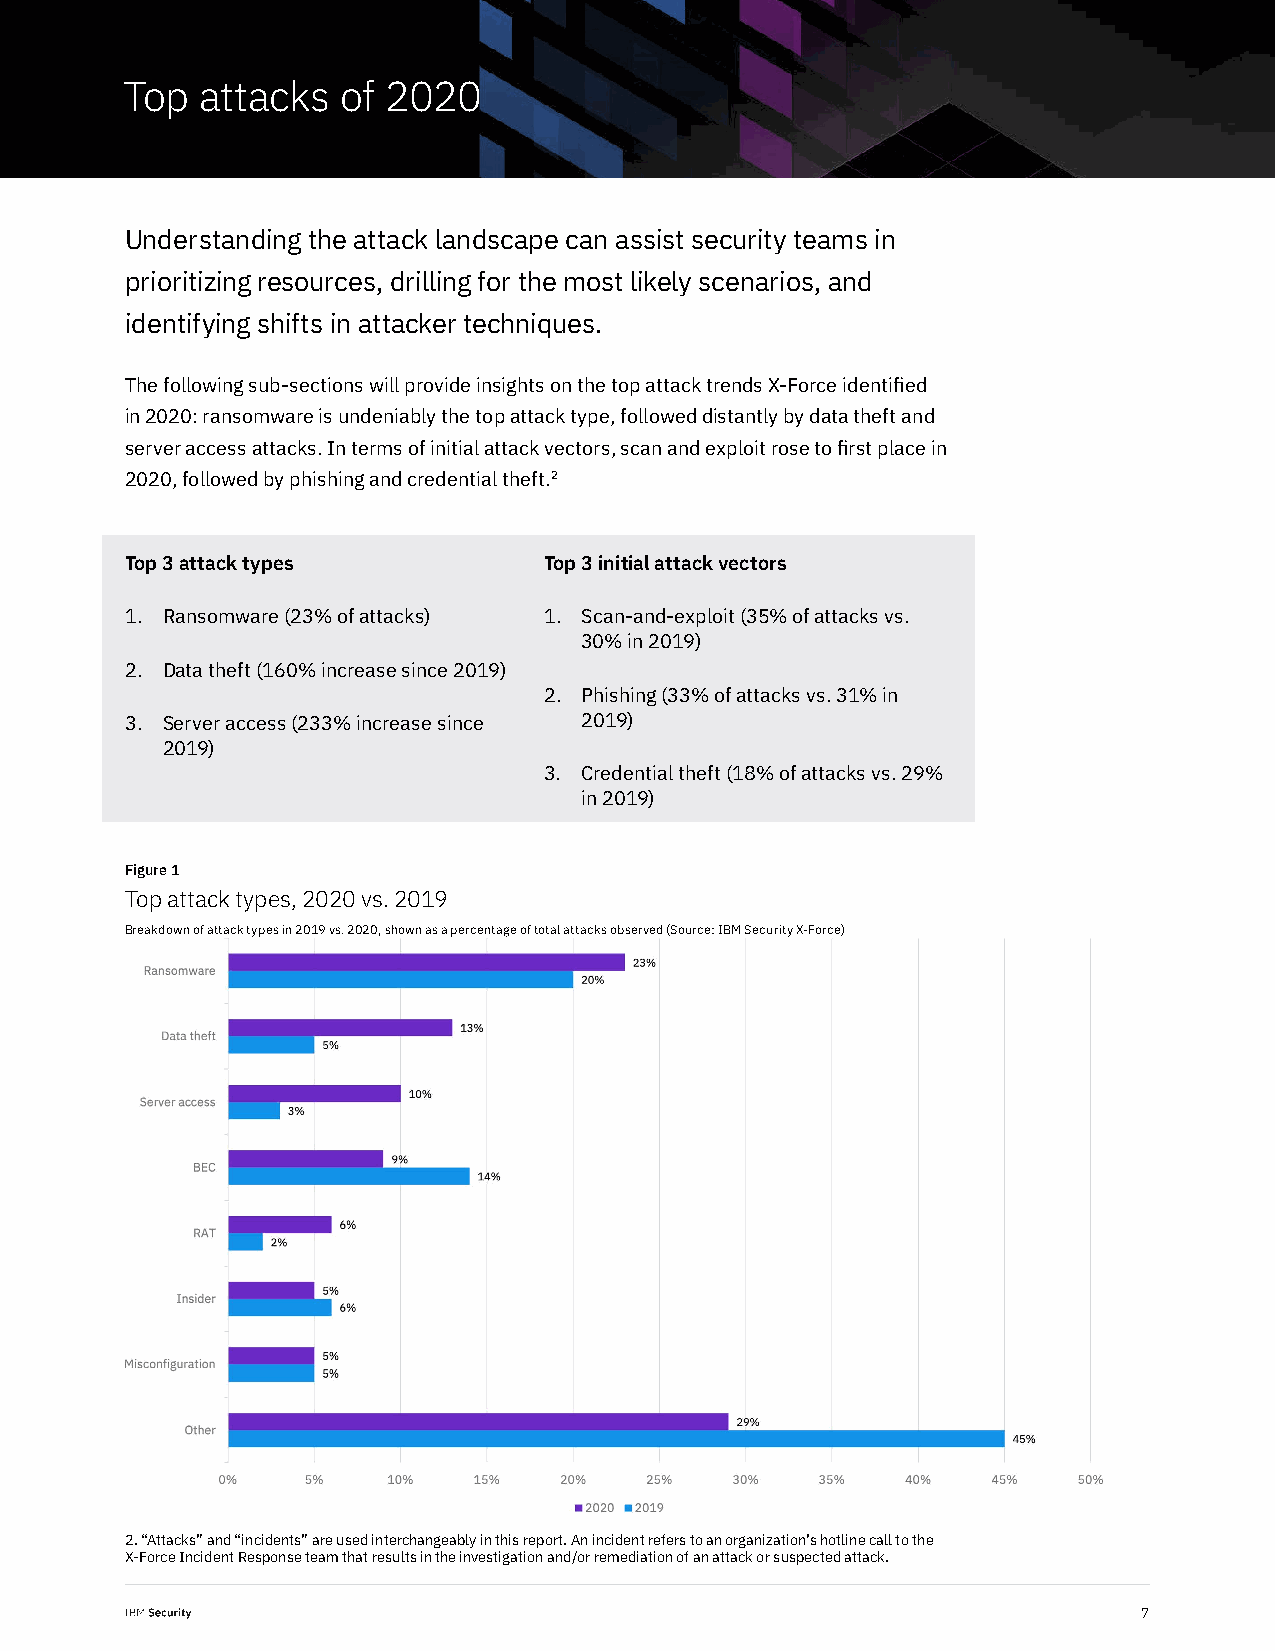
Top  attacks   of 2020
 Understanding the attack landscape can assist security teams in
 prioritizing resources, drilling for the most likely scenarios, and
 identifying shifts in attacker techniques.
 The following sub-sections will provide insights on the top attack trends X-Force identified
 in 2020: ransomware is undeniably the top attack type, followed distantly by data theft and
 server access attacks. In terms of initial attack vectors, scan and exploit rose to first place in
 2020, followed by phishing and credential theft.2
 Top 3 attack types          Top 3 initial attack vectors
 1. Ransomware (23% of attacks) 1. Scan-and-exploit (35% of attacks vs.
 30% in 2019)
 2. Data theft (160% increase since 2019)
 2. Phishing (33% of attacks vs. 31% in
 3. Server access (233% increase since 2019)
 2019)
 3. Credential theft (18% of attacks vs. 29%
 in 2019)
 Figure 1
 Top attack types, 2020 vs. 2019
 Breakdown of attack types in 2019 vs. 2020, shown as a percentage of total attacks observed (Source: IBM Security X-Force)
 2. “Attacks” and “incidents” are used interchangeably in this report. An incident refers to an organization’s hotline call to the
 X-Force Incident Response team that results in the investigation and/or remediation of an attack or suspected attack.
 7